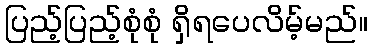
ပြည့်ပြည့်စုံစုံ ရှိရပေလိမ့်မည်။